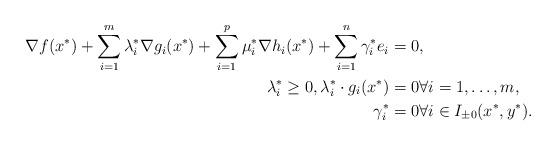
LaTeX: \begin{align*}\nabla f(x^*)+\sum_{i=1}^m \lambda^*_i \nabla g_i(x^*) + \sum_{i=1}^p \mu^*_i \nabla h_i(x^*) + \sum_{i=1}^n \gamma^*_i e_i & = 0,\\\lambda^*_i \geq 0,\lambda^*_i \cdot g_i(x^*)& =0\forall i=1,\dots,m,\\\gamma^*_i&=0\forall i \in I_{\pm0}(x^*,y^*).\end{align*}